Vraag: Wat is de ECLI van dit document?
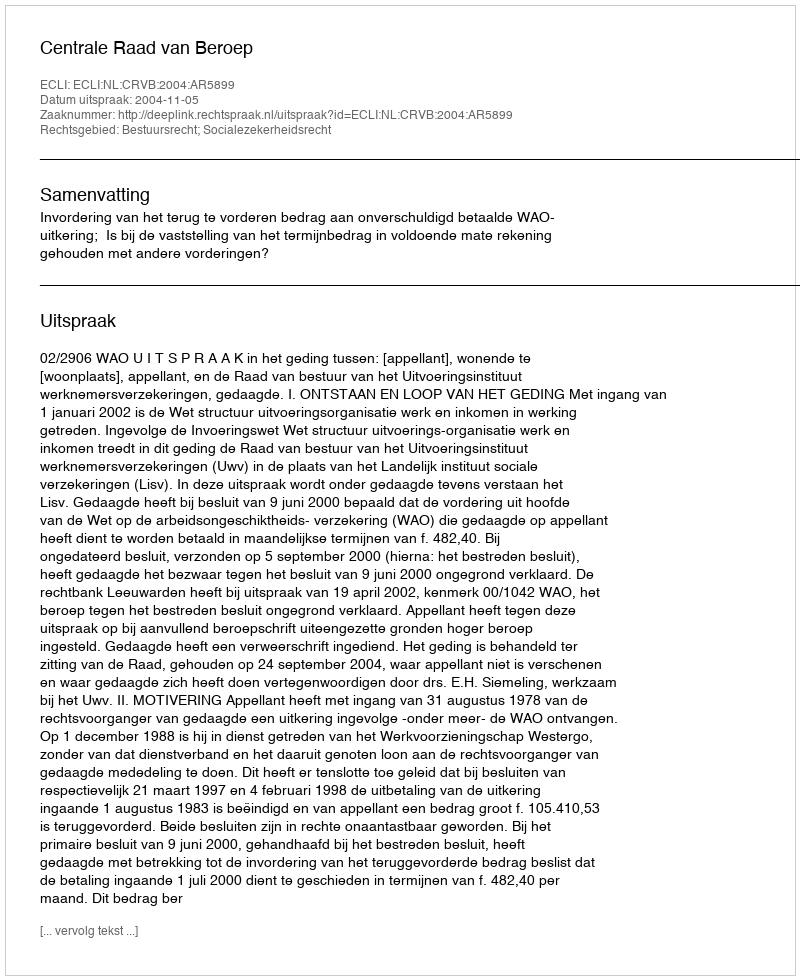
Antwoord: ECLI:NL:CRVB:2004:AR5899